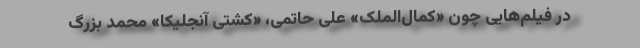
در فیلم‌هایی چون «کمال‌الملک» علی حاتمی، «کشتی آنجلیکا» محمد بزرگ